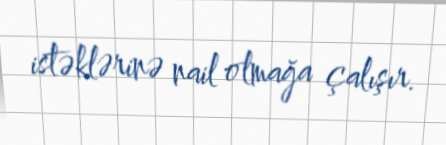
istəklərinə nail olmağa çalışır.